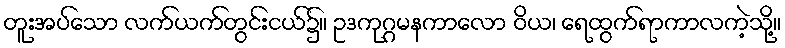
တူးအပ်သော လက်ယက်တွင်းငယ်၌။ ဥဒကုဂ္ဂမနကာလော ဝိယ၊ ရေထွက်ရာကာလကဲ့သို့။